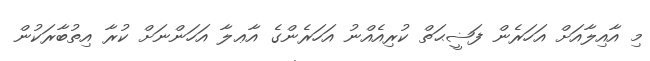
މި އާއިލާއަށް އަހަރެން ފަޟީޙަތް ކުރިއެއްނު އަހަރެންގެ އާޢލާ އަހަންނަށް ކުރާ އިތުބާރަކުން